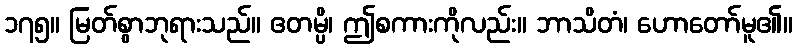
၁၇၅။ မြတ်စွာဘုရားသည်။ ဧတမ္ပိ၊ ဤစကားကိုလည်း။ ဘာသိတံ၊ ဟောတော်မူ၏။